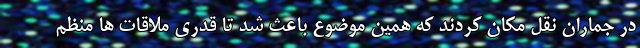
در جماران نقل مکان کردند که همین موضوع باعث شد تا قدری ملاقات ها منظم